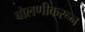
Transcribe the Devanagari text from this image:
बोलणीकरून